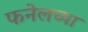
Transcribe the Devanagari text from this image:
फनेलच्या